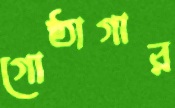
গোষ্ঠাগার